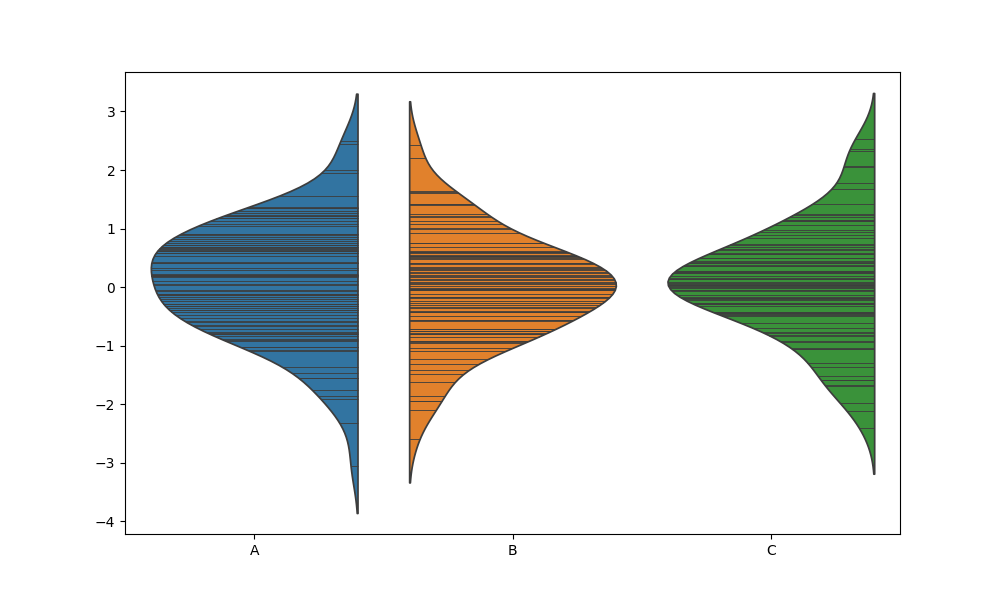
python, seaborn, violinplot, scale='count', split='True', inner='stick', fill='True'